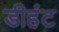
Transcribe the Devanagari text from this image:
डीहंट